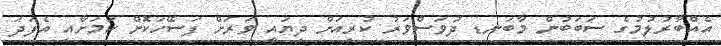
އެއްބާރުލުމުގެ ސަބަބުން މާބަނޑ ދުވަސްވަރު ކުރިއަށް ދިޔައީ ވަރަށް ފަސޭހަކޮށް ކަމަަށާއި އެފަދަ